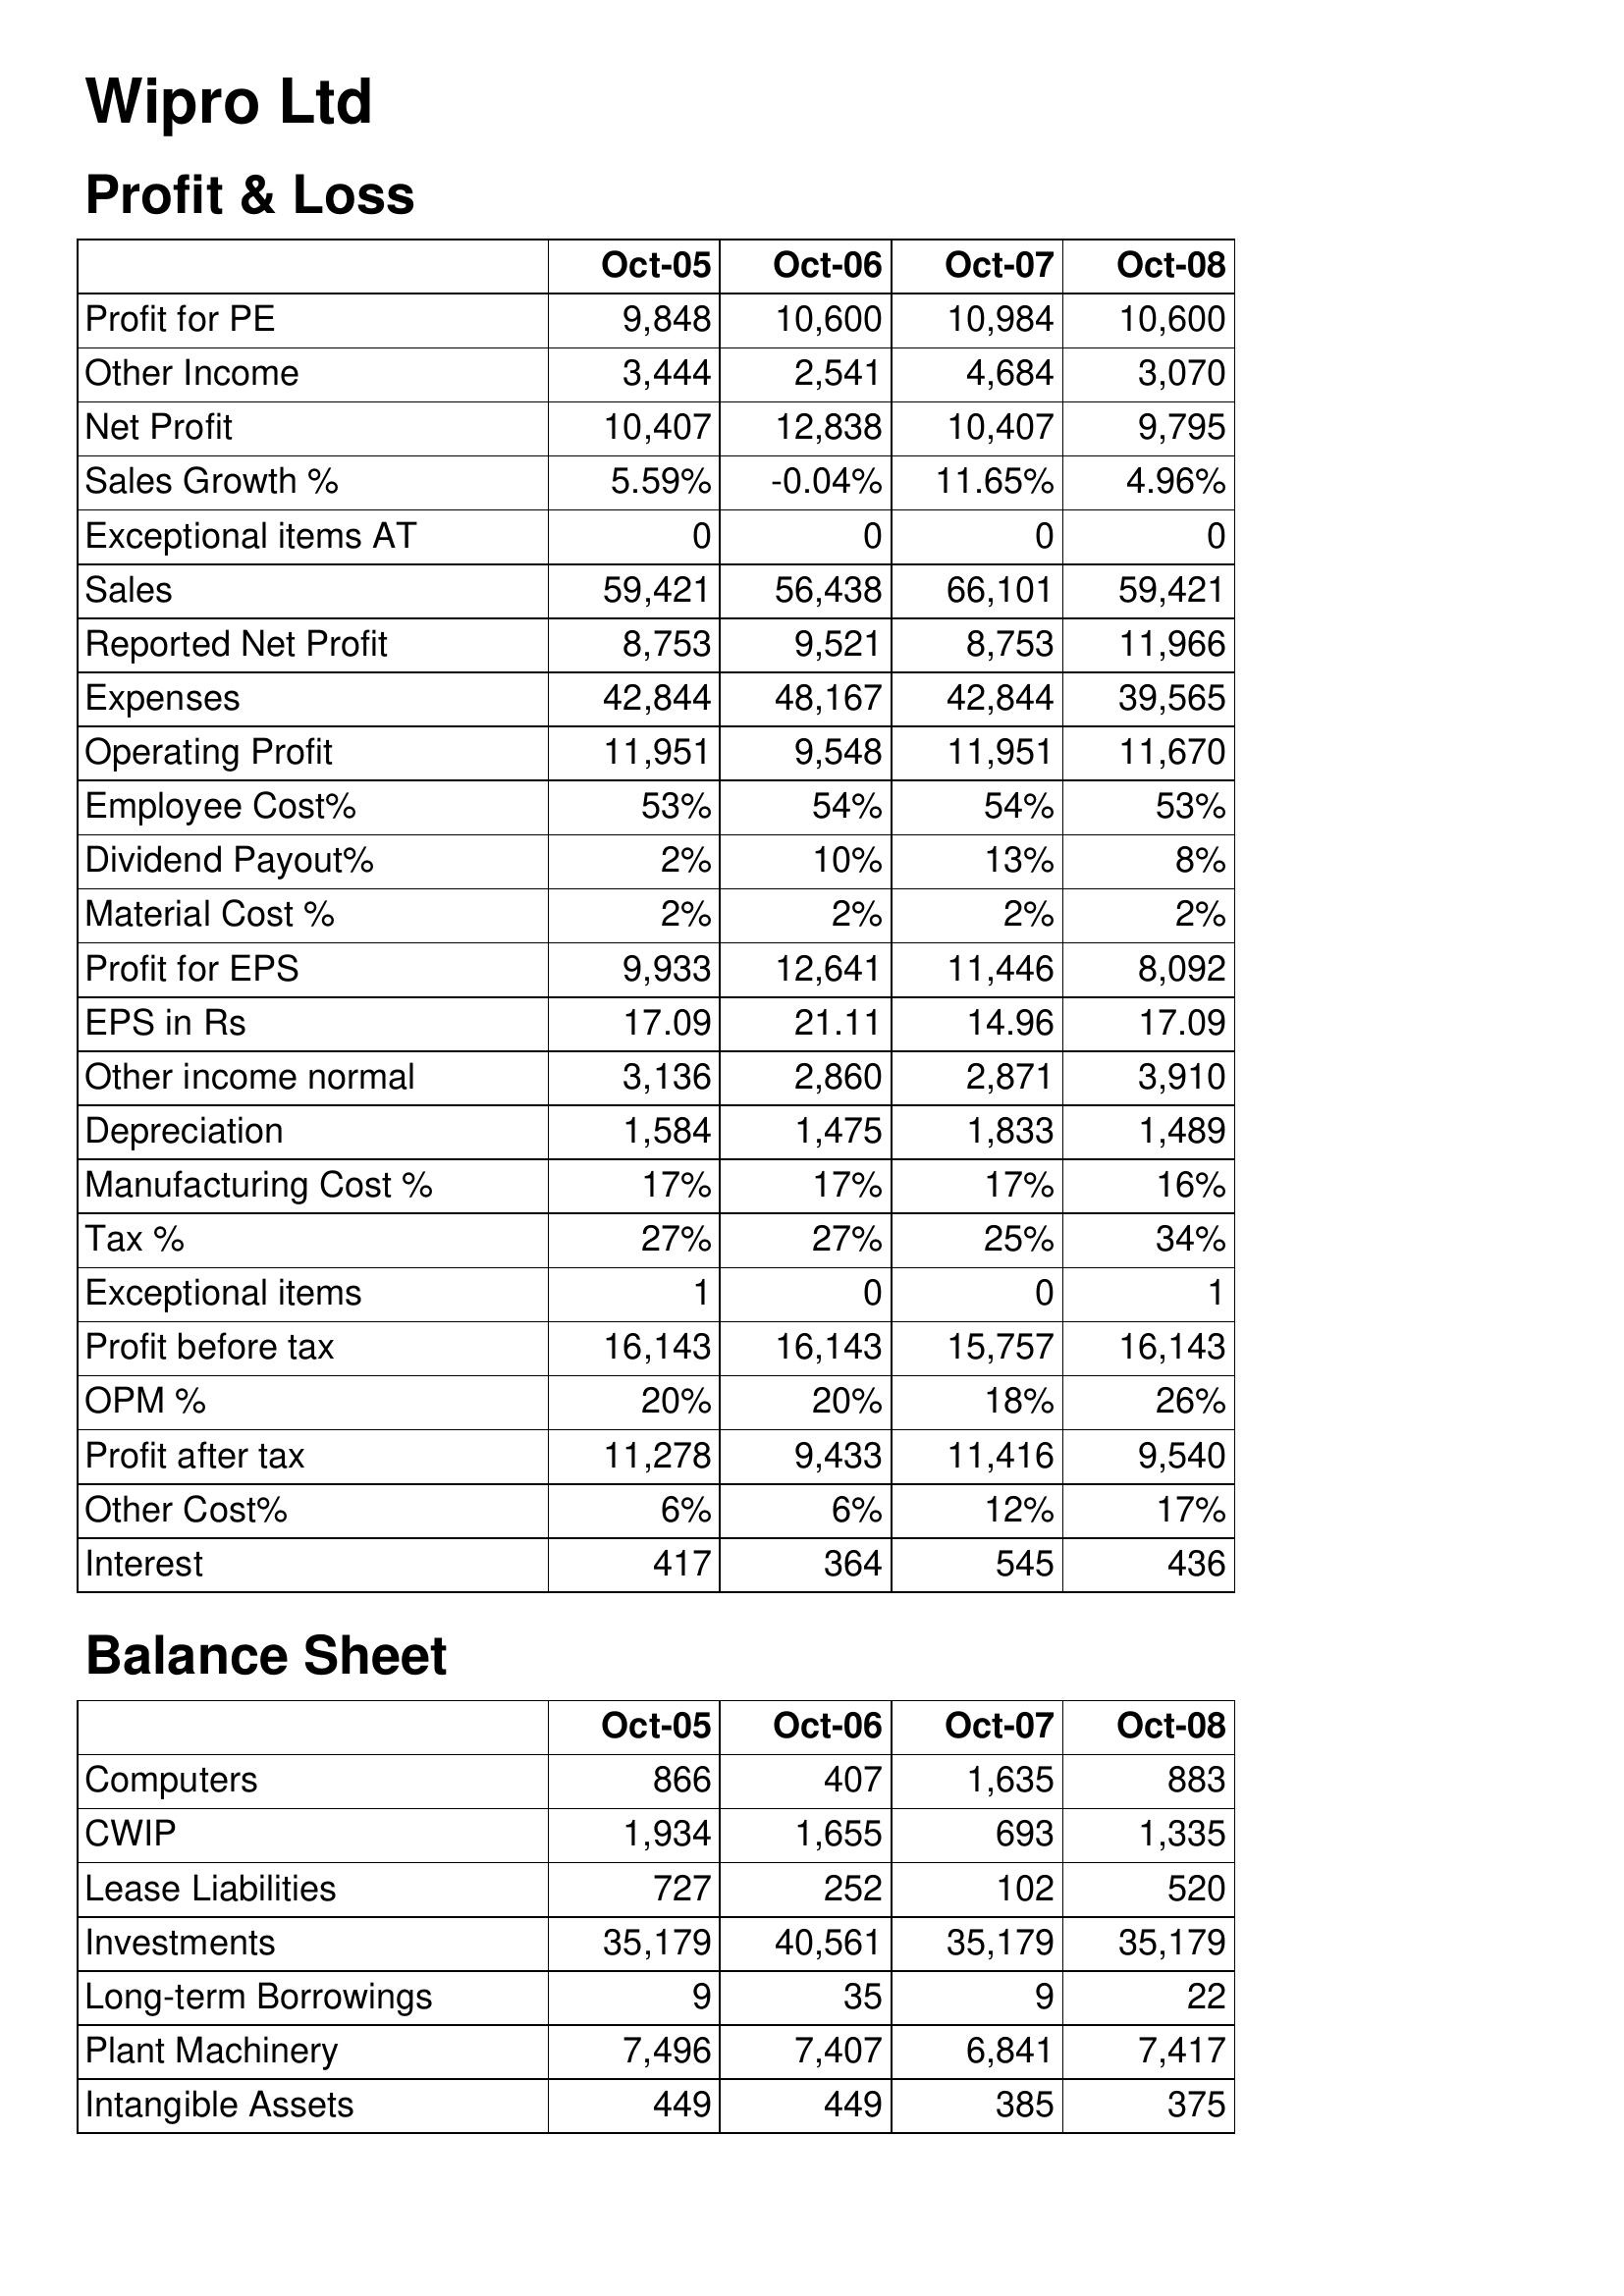
Oct-05: Profit & Loss: Profit for PE: 9,848
Other Income: 3,444
Net Profit: 10,407
Sales Growth %: 5.59%
Exceptional items AT: 0
Sales: 59,421
Reported Net Profit: 8,753
Expenses: 42,844
Operating Profit: 11,951
Employee Cost%: 53%
Dividend Payout%: 2%
Material Cost %: 2%
Profit for EPS: 9,933
EPS in Rs: 17.09
Other income normal: 3,136
Depreciation: 1,584
Manufacturing Cost %: 17%
Tax %: 27%
Exceptional items: 1
Profit before tax: 16,143
OPM %: 20%
Profit after tax: 11,278
Other Cost%: 6%
Interest: 417
Balance Sheet: Computers: 866
CWIP: 1,934
Lease Liabilities: 727
Investments: 35,179
Long-term Borrowings: 9
Plant Machinery: 7,496
Intangible Assets: 449
Oct-06: Profit & Loss: Profit for PE: 10,600
Other Income: 2,541
Net Profit: 12,838
Sales Growth %: -0.04%
Exceptional items AT: 0
Sales: 56,438
Reported Net Profit: 9,521
Expenses: 48,167
Operating Profit: 9,548
Employee Cost%: 54%
Dividend Payout%: 10%
Material Cost %: 2%
Profit for EPS: 12,641
EPS in Rs: 21.11
Other income normal: 2,860
Depreciation: 1,475
Manufacturing Cost %: 17%
Tax %: 27%
Exceptional items: 0
Profit before tax: 16,143
OPM %: 20%
Profit after tax: 9,433
Other Cost%: 6%
Interest: 364
Balance Sheet: Computers: 407
CWIP: 1,655
Lease Liabilities: 252
Investments: 40,561
Long-term Borrowings: 35
Plant Machinery: 7,407
Intangible Assets: 449
Oct-07: Profit & Loss: Profit for PE: 10,984
Other Income: 4,684
Net Profit: 10,407
Sales Growth %: 11.65%
Exceptional items AT: 0
Sales: 66,101
Reported Net Profit: 8,753
Expenses: 42,844
Operating Profit: 11,951
Employee Cost%: 54%
Dividend Payout%: 13%
Material Cost %: 2%
Profit for EPS: 11,446
EPS in Rs: 14.96
Other income normal: 2,871
Depreciation: 1,833
Manufacturing Cost %: 17%
Tax %: 25%
Exceptional items: 0
Profit before tax: 15,757
OPM %: 18%
Profit after tax: 11,416
Other Cost%: 12%
Interest: 545
Balance Sheet: Computers: 1,635
CWIP: 693
Lease Liabilities: 102
Investments: 35,179
Long-term Borrowings: 9
Plant Machinery: 6,841
Intangible Assets: 385
Oct-08: Profit & Loss: Profit for PE: 10,600
Other Income: 3,070
Net Profit: 9,795
Sales Growth %: 4.96%
Exceptional items AT: 0
Sales: 59,421
Reported Net Profit: 11,966
Expenses: 39,565
Operating Profit: 11,670
Employee Cost%: 53%
Dividend Payout%: 8%
Material Cost %: 2%
Profit for EPS: 8,092
EPS in Rs: 17.09
Other income normal: 3,910
Depreciation: 1,489
Manufacturing Cost %: 16%
Tax %: 34%
Exceptional items: 1
Profit before tax: 16,143
OPM %: 26%
Profit after tax: 9,540
Other Cost%: 17%
Interest: 436
Balance Sheet: Computers: 883
CWIP: 1,335
Lease Liabilities: 520
Investments: 35,179
Long-term Borrowings: 22
Plant Machinery: 7,417
Intangible Assets: 375